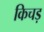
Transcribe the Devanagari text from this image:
किचड़